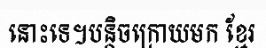
នោះទេ។បន្តិចក្រោយមក ខ្មែរ